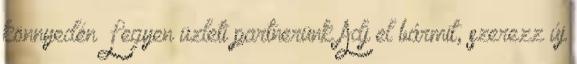
könnyedén Legyen üzleti partnerünk Adj el bármit, szerezz új